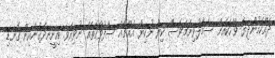
ދައްކަމުންދިޔަ ވާހަކައަށް ސަމާލުވިނަމަވެސް ކިޔާ ނުކިޔާ އެއްޗެއް ސާފުވާގޮތެއް ނުވިއެވެ. އިށީނދެގެންއިން ގޮނޑި